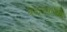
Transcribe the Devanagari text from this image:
वेळेप्रमाणेच